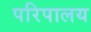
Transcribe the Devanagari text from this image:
परिपालय